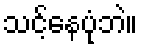
သင့်နေပုံဘဲ။